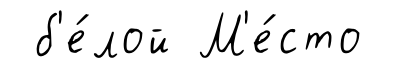
б'е́лой М'е́сто